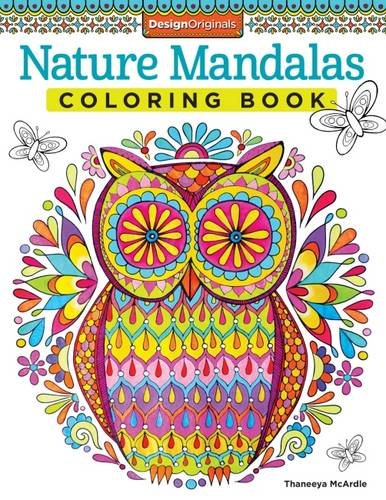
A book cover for Nature Mandalas Coloring Book (Design Originals); Thaneeya McArdle; Arts & Photography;